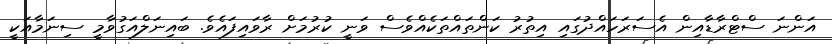
އަންނަ ސްޓްރާޑާއިން އެސަރަހައްދުގައި އިތުރު ކަންތައްތަކެއްވެސް ވަނީ ކުރުމަށް ރާވައިފައެވެ. ބައިނަލްއަގުވާމީ ސިނަމާއަކީ